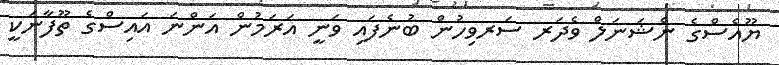
ޔޫއެސްގެ ނެޝަނަލް ވެދަރ ސަރވިހުން ބުނެފައި ވަނީ އަރަމުން އަންނަ އައިސްގެ ތޫފާނަކީ